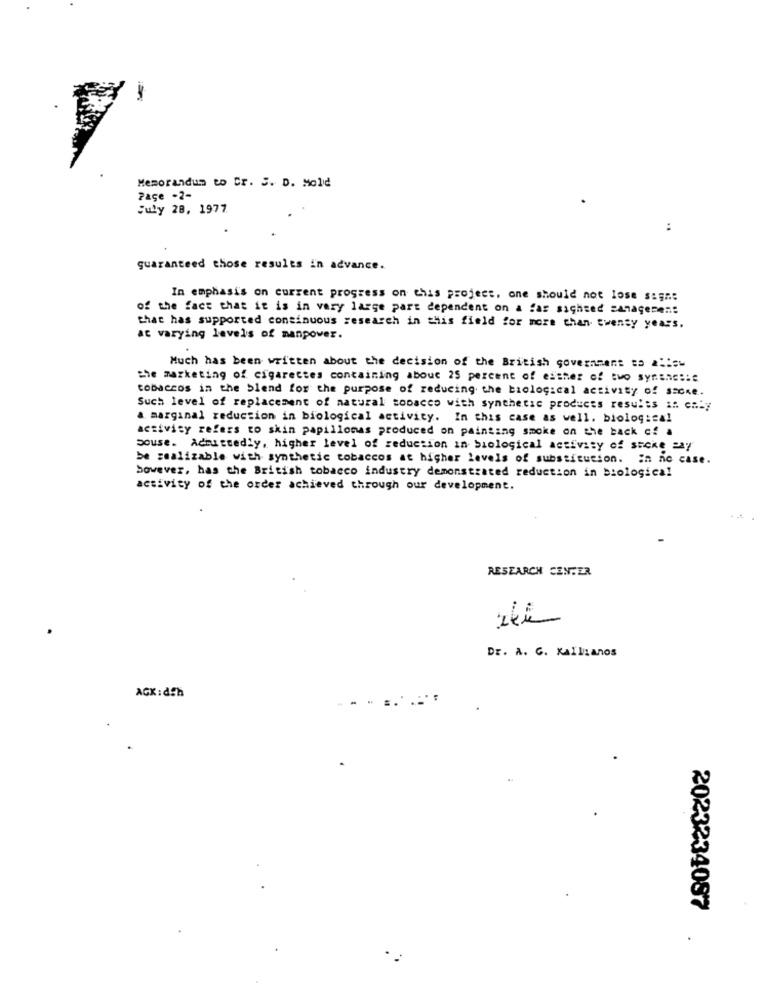
Memorandum to Cr. S. D. Mold
Page -2-
July 28, 1977
:
guaranteed those results in advance.
In emphasis on current progress on this project. one should not lose sign:
of the fact that it is in very large part dependent on a far sighted sanagement
that has supported continuous research in this field for more than twenty years.
at varying levels of manpower.
Much has been written about the decision of the British government to A ::=
the marketing of cigarettes containing about 25 percent of either of two syrens :::
tobaccos in the blend for the purpose of reducing the biological activity of sacke.
Such level of replacement of natural sopacco with synthetic products results in enty
a marginal reduction in biological activity. In this case as well. biological
activity refers to skin papillomas produced on painting smoke on the back of a
Souse. Admittedly, higher level of reduction in biological activity of SECke Pay
be zealizable with synthetic tobaccos at higher levels of substitution. In no case.
however, has the British tobacco industry demonstrated reduction in biologica!
activity of the order achieved through our development.
RESEARCH CENTER
Dr. A. C. KAIlLanos
AGK: dfh
--
.
2023234087